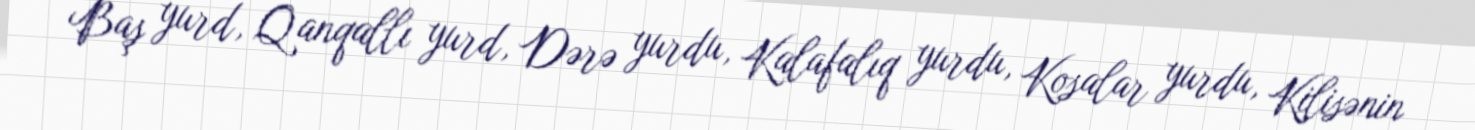
Baş yurd, Qanqallı yurd, Dərə yurdu, Kalafalıq yurdu, Kosalar yurdu, Kilisənin